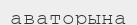
аваторына